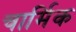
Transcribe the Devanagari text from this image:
चार्मिक